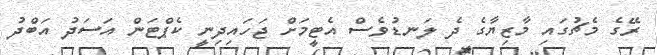
ރޭގެ މެޗުގައި މާޒިޔާގެ ދެ ލަނޑުވެސް އެޓީމަށް ޖަހައިދިނީ ކެޕްޓަން އަސަދު އަބްދު